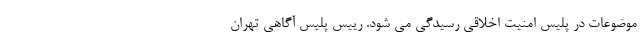
موضوعات در پلیس امنیت اخلاقی رسیدگی می شود. رییس پلیس آگاهی تهران